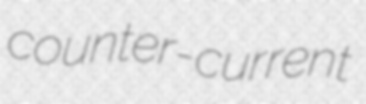
counter-current